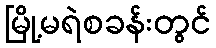
မြို့မရဲစခန်းတွင်